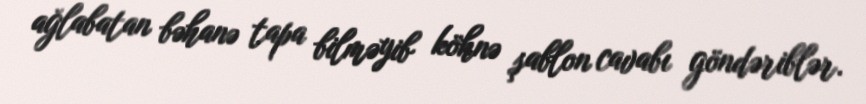
ağlabatan bəhanə tapa bilməyib köhnə şablon cavabı göndəriblər.